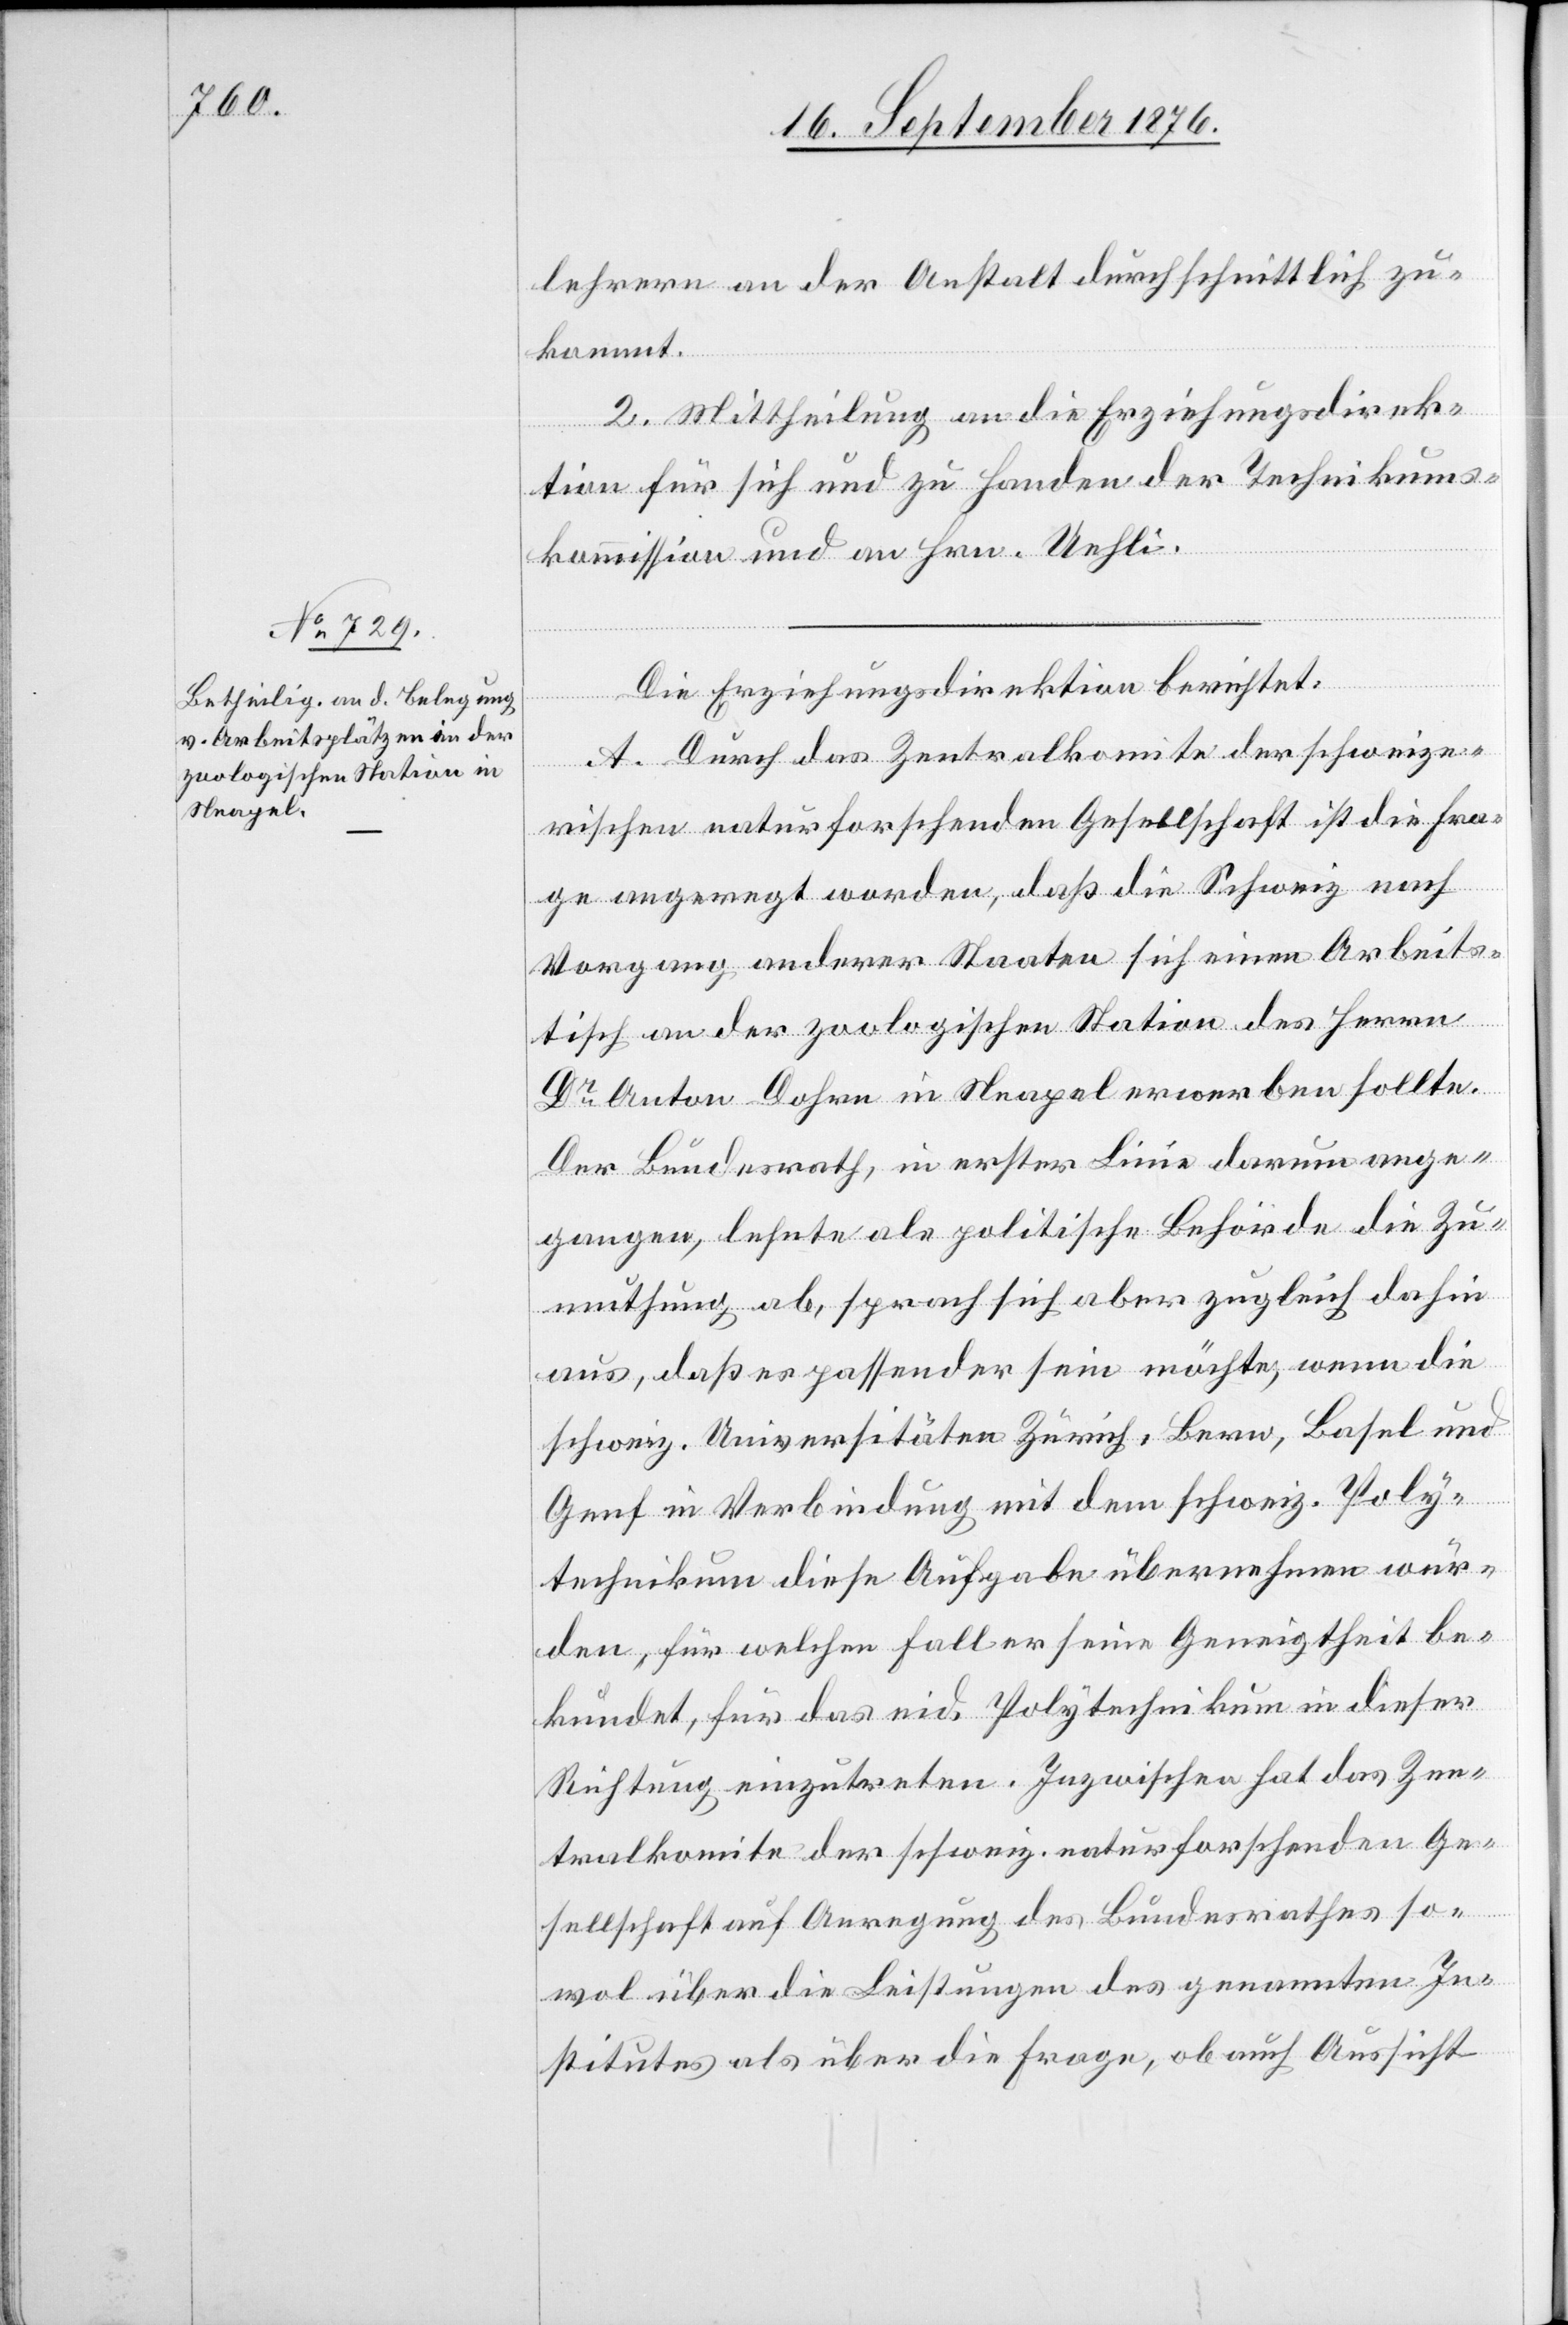
lehrern an der Anstalt durchschnittlich zu¬
kommt.
2. Mittheilung an die Erziehungsdirek¬
tion für sich und zu Handen der Technikums¬
kommission und an Hrn. Uehli.
Die Erziehungsdirektion berichtet:
A. Durch das Zentralkomite der schweize¬
rischen naturforschenden Gesellschaft ist die Fra¬
ge angeregt worden, daß die Schweiz nach
Vorgang anderer Staaten sich einem Arbeits¬
tisch an der zoologischen Station des Herrn
Dr Anton Dohrn in Neapel erwerben sollte.
Der Bundesrath, in erster Linie darum ange¬
gangen, lehnte als politische Behörde die Zu¬
muthung ab, sprach sich aber zugleich dahin
aus, daß es passender sein möchte, wenn die
schweiz. Universitäten Zürich, Bern, Basel und
Genf in Verbindung mit dem schweiz. Poly¬
technikum diese Aufgabe übernehmen wür¬
den, für welchen Fall er seine Geneigtheit be¬
kundet, für das eid. Polytechnikum in dieser
Richtung einzutreten. Inzwischen hat das Zen¬
tralkomite der schweiz. naturforschenden Ge¬
sellschaft auf Anregung des Bundesrathes so¬
wol über die Leistungen des genannten In¬
stitutes als über die Frage, ob auch Aussicht